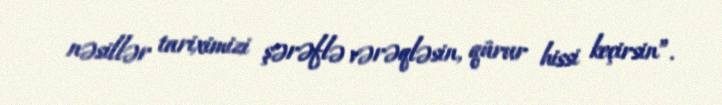
nəsillər tariximizi şərəflə vərəqləsin, qürur hissi keçirsin”.